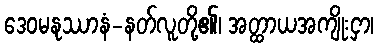
ဒေဝမနုဿာနံ-နတ်လူတို့၏၊ အတ္ထာယအကျိုးငှာ၊